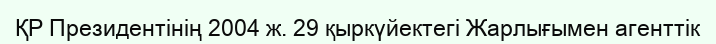
ҚР Президентінің 2004 ж. 29 қыркүйектегі Жарлығымен агенттік